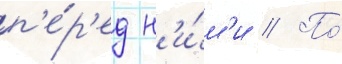
п'е́р'ед н'и́м'и // По́